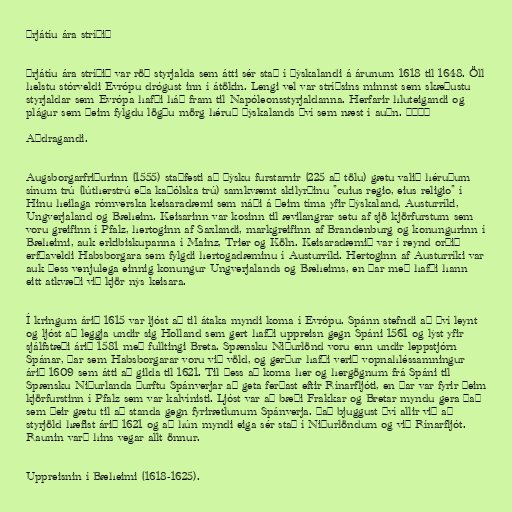
Þrjátíu ára stríðið

Þrjátíu ára stríðið var röð styrjalda sem átti sér stað í Þýskalandi á árunum 1618 til 1648. Öll
helstu stórveldi Evrópu drógust inn í átökin. Lengi vel var stríðsins minnst sem skæðustu
styrjaldar sem Evrópa hafði háð fram til Napóleonsstyrjaldanna. Herfarir hluteigandi og
plágur sem þeim fylgdu lögðu mörg héruð Þýskalands því sem næst í auðn. °°°°

Aðdragandi.

Augsborgarfriðurinn (1555) staðfesti að þýsku furstarnir (225 að tölu) gætu valið héruðum
sínum trú (lútherstrú eða kaþólska trú) samkvæmt skilyrðinu "cuius regio, eius religio" í
Hinu heilaga rómverska keisaradæmi sem náði á þeim tíma yfir Þýskaland, Austurríki,
Ungverjaland og Bæheim. Keisarinn var kosinn til ævilangrar setu af sjö kjörfurstum sem
voru greifinn í Pfalz, hertoginn af Saxlandi, markgreifinn af Brandenburg og konungurinn í
Bæheimi, auk erkibiskupanna í Mainz, Trier og Köln. Keisaradæmið var í reynd orðið
erfðaveldi Habsborgara sem fylgdi hertogadæminu í Austurríki. Hertoginn af Austurríki var
auk þess venjulega einnig konungur Ungverjalands og Bæheims, en þar með hafði hann
eitt atkvæði við kjör nýs keisara.

Í kringum árið 1615 var ljóst að til átaka myndi koma í Evrópu. Spánn stefndi að því leynt
og ljóst að leggja undir sig Holland sem gert hafði uppreisn gegn Spáni 1561 og lýst yfir
sjálfstæði árið 1581 með fulltingi Breta. Spænsku Niðurlönd voru enn undir leppstjórn
Spánar, þar sem Habsborgarar voru við völd, og gerður hafði verið vopnahléssamningur
árið 1609 sem átti að gilda til 1621. Til þess að koma her og hergögnum frá Spáni til
Spænsku Niðurlanda þurftu Spánverjar að geta ferðast eftir Rínarfljóti, en þar var fyrir þeim
kjörfurstinn í Pfalz sem var kalvínisti. Ljóst var að bæði Frakkar og Bretar myndu gera það
sem þeir gætu til að standa gegn fyrirætlunum Spánverja. Það bjuggust því allir við að
styrjöld hæfist árið 1621 og að hún myndi eiga sér stað í Niðurlöndum og við Rínarfljót.
Raunin varð hins vegar allt önnur.

Uppreisnin í Bæheimi (1618-1625).